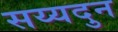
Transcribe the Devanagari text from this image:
सय्यदुन